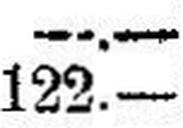
122.—